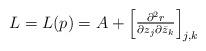
LaTeX: \begin{align*}L = L(p) =A+\begin{bmatrix}\frac{\partial^2 r}{ \partial z_j \partial \bar{z}_k}\end{bmatrix}_{j,k}\end{align*}